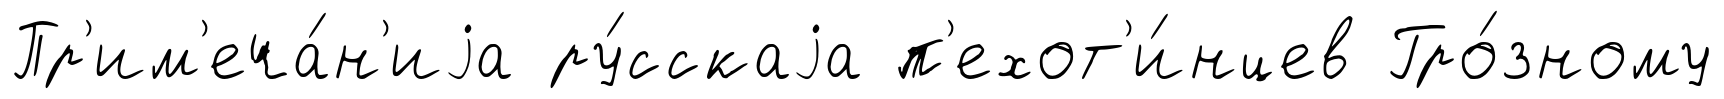
Пр'им'еча́н'иjа ру́сскаjа п'ехот'и́нцев Гро́зному